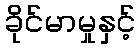
ခိုင်မာမှုနှင့်